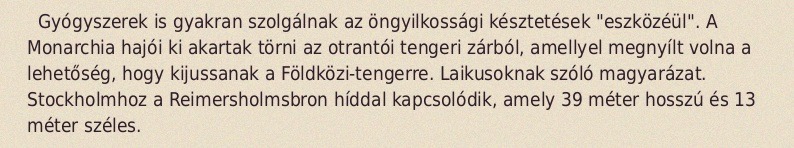
Gyógyszerek is gyakran szolgálnak az öngyilkossági késztetések "eszközéül". A Monarchia hajói ki akartak törni az otrantói tengeri zárból, amellyel megnyílt volna a lehetőség, hogy kijussanak a Földközi-tengerre. Laikusoknak szóló magyarázat. Stockholmhoz a Reimersholmsbron híddal kapcsolódik, amely 39 méter hosszú és 13 méter széles.